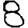
Digit: 8